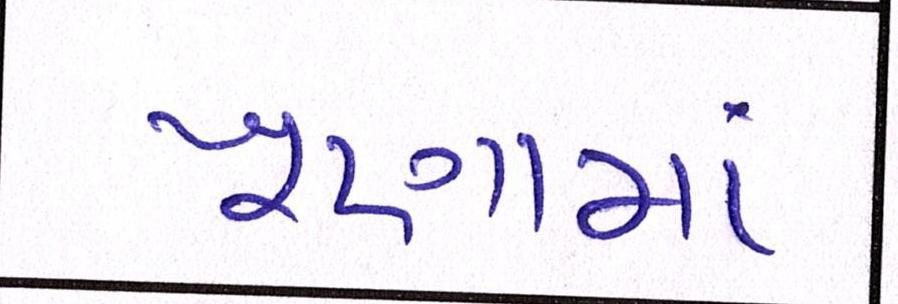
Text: ખૂણામાં